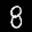
Label: 8